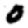
Digit: 0